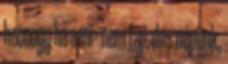
hoooogy ha a mi - nem faji, dns népünk,